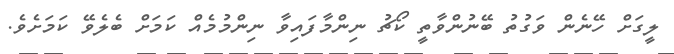
ލީގަށް ހޭނެން ވަގުތު ބޭނުންވާތީ ކޯޗު ނިންމާފައިވާ ނިންމުމެއް ކަމަށް ބެލެވޭ ކަމަށެވެ.